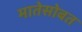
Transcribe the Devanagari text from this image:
मातेसोबत